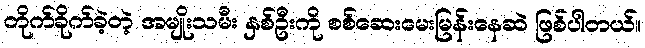
တိုက်ခိုက်ခဲ့တဲ့ အမျိုးသမီး နှစ်ဦးကို စစ်ဆေးမေးမြန်းနေဆဲ ဖြစ်ပါတယ်။